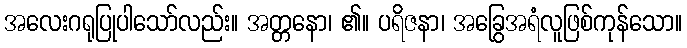
အလေးဂရုပြုပါသော်လည်း။ အတ္တနော၊ ၏။ ပရိဇနာ၊ အခြွေအရံလူဖြစ်ကုန်သော။